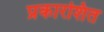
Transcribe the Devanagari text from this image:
प्रकारशित